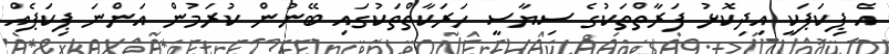
އެ ޕިކަޕަކީ އިދިކޮޅު ފަރާތްތަކުގެ ސިޔާސީ ހަރަކާތްތަކުގައި ބޭނުން ކުރަމުން އަންނަ ޕިކަޕެއް